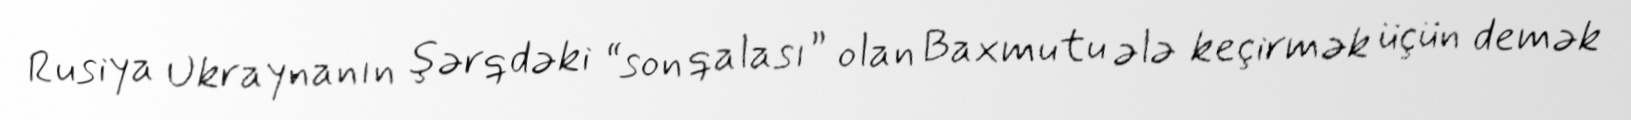
Rusiya Ukraynanın şərqdəki “son qalası” olan Baxmutu ələ keçirmək üçün demək